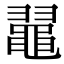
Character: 𪓥